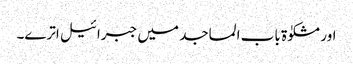
اور مشکوٰۃ باب المساجد میں جبرائیل اترے۔